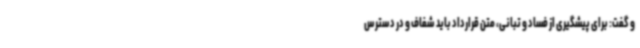
و گفت: برای پیشگیری از فساد و تبانی، متن قرارداد باید شفاف و در دسترس